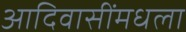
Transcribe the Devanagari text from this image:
आदिवासींमधला